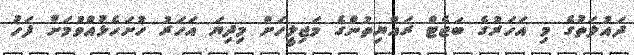
ދައުލަތުގެ މި އަހަރުގެ ބަޖެޓް ރައްޔިތުންގެ މަޖިލީހަށް މިދިޔަ އަހަރު ހުށަހެޅުއްވުމަށް ފަހު